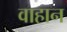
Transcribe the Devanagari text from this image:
वाहान